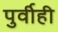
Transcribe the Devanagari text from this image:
पुर्वीही